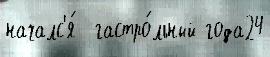
началс'я́  гастро́льный года24